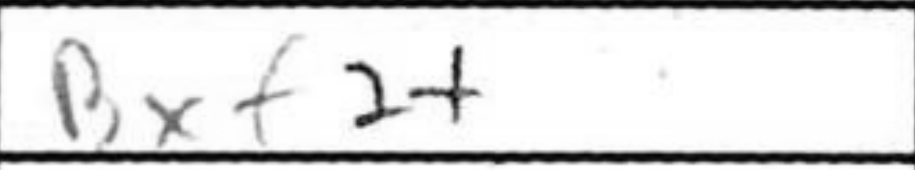
Transcription: Bxf2+